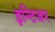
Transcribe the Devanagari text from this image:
इन्टिजर